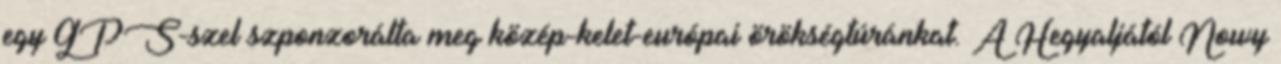
egy GPS-szel szponzorálta meg közép-kelet-európai örökségtúránkat. A Hegyaljától Nowy